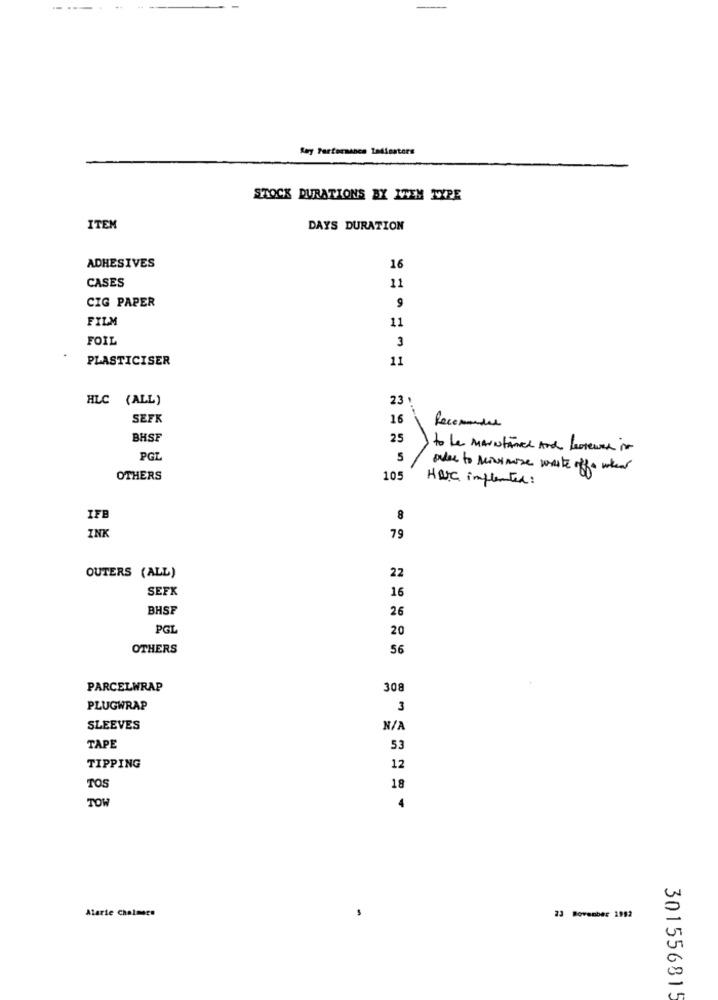
STOCK DURATIONS BX ITEM TYPE
ITEM
DAYS DURATION
ADHESIVES
16
CASES
11
CIG PAPER
9
FILM
11
FOIL
3
PLASTICISER
11
HLC (ALL)
23 .
SEFK
16
Recomande
BHSF
25
to Le MaintAnce And beareure is
PGL
5
avec to servisse waste off when
OTHERS
105
Hac implanted:
IFB
8
INK
79
OUTERS (ALL)
22
SEFK
16
BHSF
26
PGL
20
OTHERS
56
PARCELWRAP
308
PLUGWRAP
3
SLEEVES
TAPE
53
TIPPING
12
TOS
18
TOW
4
Alarie Chalmers
23 november 1952
301556815